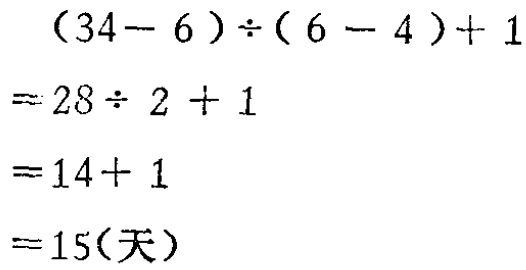
\[

\begin{align*}

&(34 - 6)\div(6 - 4)+1\\

=&28\div2 + 1\\

=&14 + 1\\

=&15(\text{天})

\end{align*}

\]